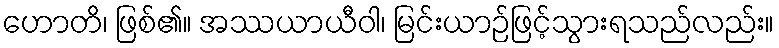
ဟောတိ၊ ဖြစ်၏။ အဿယာယီဝါ၊ မြင်းယာဉ်ဖြင့်သွားရသည်လည်း။